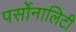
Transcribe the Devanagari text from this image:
पर्सोनालिटी